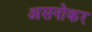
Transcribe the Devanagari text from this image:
असनोकर